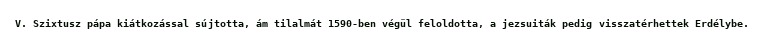
V. Szixtusz pápa kiátkozással sújtotta, ám tilalmát 1590-ben végül feloldotta, a jezsuiták pedig visszatérhettek Erdélybe.